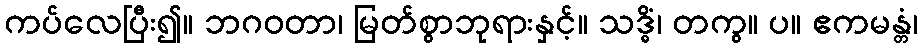
ကပ်လေပြီး၍။ ဘဂဝတာ၊ မြတ်စွာဘုရားနှင့်။ သဒ္ဓိံ၊ တကွ။ ပ။ ဧကမန္တံ၊